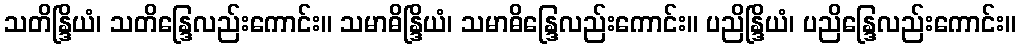
သတိန္ဒြိယံ၊ သတိန္ဒြေလည်းကောင်း။ သမာဓိန္ဒြိယံ၊ သမာဓိန္ဒြေလည်းကောင်း။ ပညိန္ဒြိယံ၊ ပညိန္ဒြေလည်းကောင်း။